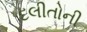
દલીતોની